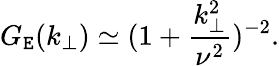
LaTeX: G_{\mathtt{E}}(k_{\perp})\simeq(1+\frac{{k_{\perp}^{2}}}{{\nu^{2}}})^{-2}.